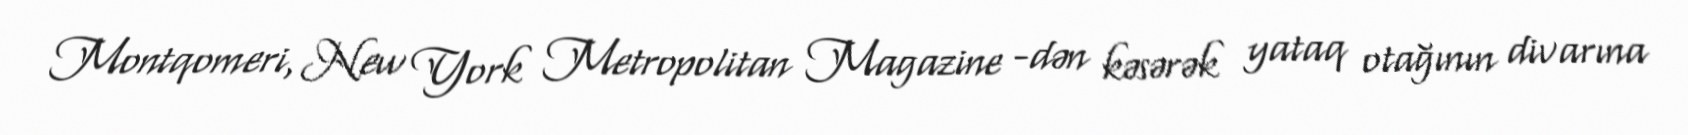
Montqomeri, New York Metropolitan Magazine -dən kəsərək yataq otağının divarına